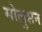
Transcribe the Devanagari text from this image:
सोलुसन